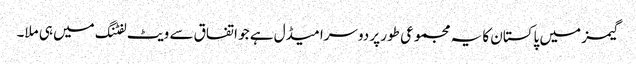
گیمز میں پاکستان کا یہ مجموعی طور پر دوسرا میڈل ہے جو اتفاق سے ویٹ لفٹنگ میں ہی ملا۔